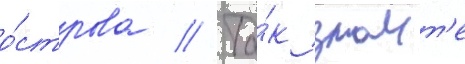
о́строва // Та́к знаит'е